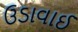
ઉડાવાઈ